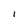
Character: l